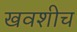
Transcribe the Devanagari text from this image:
खवशीच